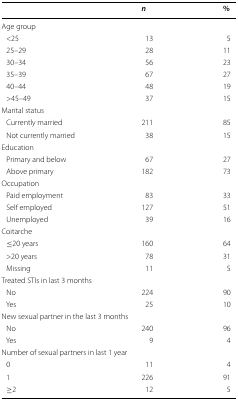
|  | n | % |
 | --- | --- | --- |
 | <COLSPAN=3> Age group |
 | <25 | 13 | 5 |
 | 25–29 | 28 | 11 |
 | 30–34 | 56 | 23 |
 | 35–39 | 67 | 27 |
 | 40–44 | 48 | 19 |
 | >45–49 | 37 | 15 |
 | Marital status |  |  |
 | Currently married | 211 | 85 |
 | Not currently married | 38 | 15 |
 | <COLSPAN=3> Education |
 | Primary and below | 67 | 27 |
 | Above primary | 182 | 73 |
 | <COLSPAN=3> Occupation |
 | Paid employment | 83 | 33 |
 | Self employed | 127 | 51 |
 | Unemployed | 39 | 16 |
 | <COLSPAN=3> Coitarche |
 | ≤20 years | 160 | 64 |
 | >20 years | 78 | 31 |
 | Missing | 11 | 5 |
 | <COLSPAN=3> Treated STIs in last 3 months |
 | No | 224 | 90 |
 | Yes | 25 | 10 |
 | <COLSPAN=3> New sexual partner in the last 3 months |
 | No | 240 | 96 |
 | Yes | 9 | 4 |
 | <COLSPAN=3> Number of sexual partners in last 1 year |
 | 0 | 11 | 4 |
 | 1 | 226 | 91 |
 | ≥2 | 12 | 5 |